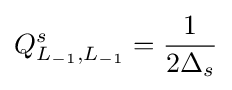
Q_{L_{-1},L_{-1}}^{s}={\frac {1}{2\Delta _{s}}}